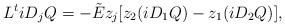
LaTeX: \begin{align*}L^t iD_jQ = -\tilde E z_j[z_2(iD_1Q) - z_1(iD_2Q)],\end{align*}